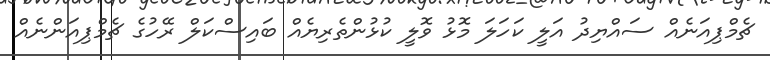
ޗެމްޕިއަނެއް ސައްޔިދު އަލީ ކަހަލަ މޮޅު ވޮލީ ކުޅުންތެރިޔެއް ބައިސްކަލް ރޭހުގެ ޗެމްޕިއަންނެއް